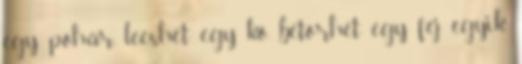
egy pohár, leeshet egy kő, betörhet egy fej egyik